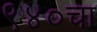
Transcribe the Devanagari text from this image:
९४०चा